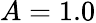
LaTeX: A=1.0